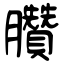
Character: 臢